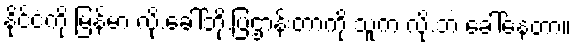
နိုင်ငံကို မြန်မာ လို.ခေါ်ဘို.ပြဌာန်းတာကို သူက လို.ဘဲ ခေါ်နေတာ။